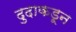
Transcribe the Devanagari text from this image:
दुदाकडून